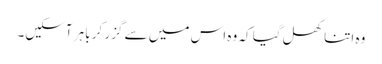
وہ اتنا کھل گیا کہ وہ اس میں سے گزر کر باہر آسکیں۔